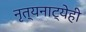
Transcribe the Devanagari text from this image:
नृत्यनाट्येही